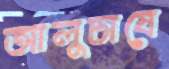
আলুচাষে